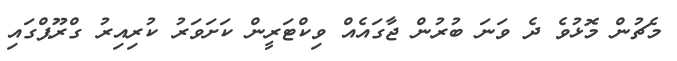
މެޗުން މޮޅުވެ ދެ ވަނަ ބުރުން ޖާގައެއް ވިކްޓަރީން ކަށަވަރު ކުރިއިރު ގްރޫޕްގައި